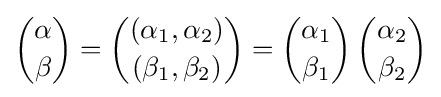
{\binom {\alpha }{\beta }}={\binom {(\alpha _{1},\alpha _{2})}{(\beta _{1},\beta _{2})}}={\binom {\alpha _{1}}{\beta _{1}}}\,{\binom {\alpha _{2}}{\beta _{2}}}